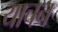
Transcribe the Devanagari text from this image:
याचन